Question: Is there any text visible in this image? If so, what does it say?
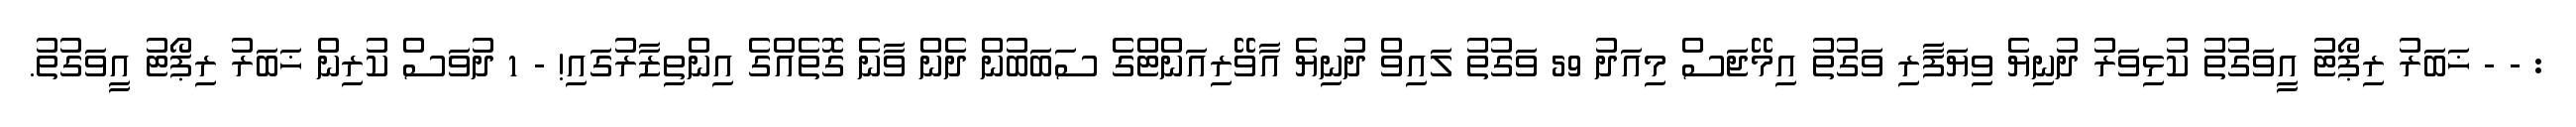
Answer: : - - ޚަބަރު ރިޕޯޓު އީވަގުތު ކުޅިވަރު ދުނިޔެ ވިޔަފާރި ވަގުތު އިމޭޖަސް މިއަދު 59 ވަގުތު ލައިވް ދުނިޔެ އާވޭރިއަންޓްގެ ސަބަބުން ދެން ވާނެ ގޮތެއްގެ އިންތިޒާރުގައި! - 1 ދުވަސް ކުރިން ޚަބަރު ރިޕޯޓު އީވަގުތު.